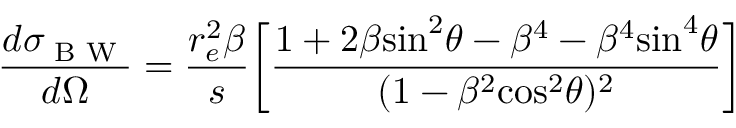
\frac { d \sigma _ { \textrm { B W } } } { d \Omega } = \frac { r _ { e } ^ { 2 } \beta } { s } \bigg [ \frac { 1 + 2 \beta \mathrm { s i n } ^ { 2 } \theta - \beta ^ { 4 } - \beta ^ { 4 } \mathrm { s i n } ^ { 4 } \theta } { ( 1 - \beta ^ { 2 } \mathrm { c o s } ^ { 2 } \theta ) ^ { 2 } } \bigg ]